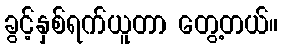
ခွင့်နှစ်ရက်ယူတာ တွေ့တယ်။